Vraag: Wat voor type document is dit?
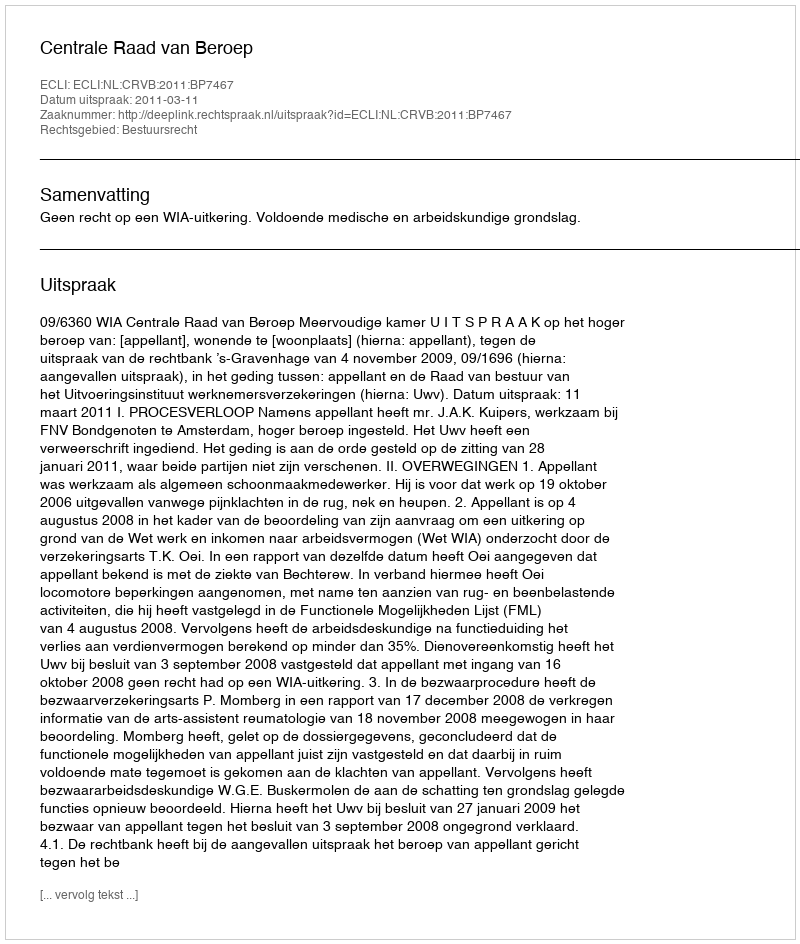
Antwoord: Uitspraak